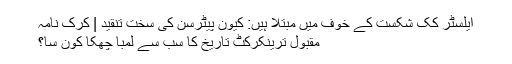
ایلسٹر کک شکست کے خوف میں مبتلا ہیں: کیون پیٹرسن کی سخت تنقید | کرک نامہ
مقبول ترینکرکٹ تاریخ کا سب سے لمبا چھکا کون سا؟